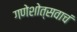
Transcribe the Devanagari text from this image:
गणेशोत्सवाचं